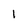
Character: 1